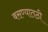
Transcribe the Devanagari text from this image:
बसण्यातठी